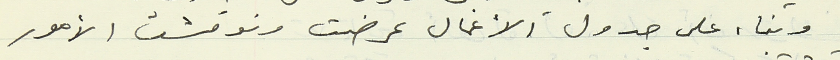
وبناء على جدول الأعمال عرضت ونوقشت الأمور